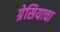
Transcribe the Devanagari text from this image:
ग्रेसियाचा